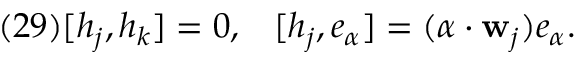
( 2 9 ) [ h _ { j } , h _ { k } ] = 0 , \; \; \; [ h _ { j } , e _ { \alpha } ] = ( \alpha \cdot { \bf w } _ { j } ) e _ { \alpha } .